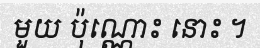
មួយ ប៉ុណ្ណោះ នោះ ។